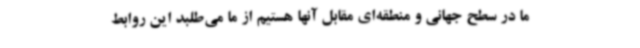
ما در سطح جهانی و منطقه‌ای مقابل آنها هستیم از ما می‌طلبد این روابط